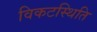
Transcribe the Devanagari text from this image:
विकटस्थिति